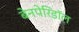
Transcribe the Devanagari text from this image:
बेनपेरिडॉल